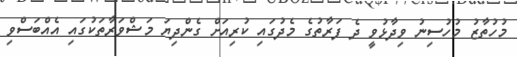
މުހުތާޒު މުހުސިނު ވިދާޅުވީ ދެ ފަރާތުގެ މެދުގައި ކުރިއަށް ގެންދިޔަ މަޝްވަރާތަކުގައި އެއްބަސްވި